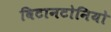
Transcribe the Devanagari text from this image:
विटानटोनियो